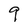
Character: 9